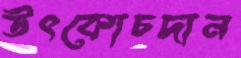
উৎকোচদান